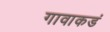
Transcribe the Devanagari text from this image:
गावाकडं